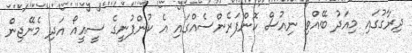
ދިރާގުގައި މިއަދު ބޭއްވި ނިއުސް ކޮންފަރެންސެއްގައި އެ ކުންފުނީގެ ސީއީއޯ އަދި މެނޭޖިން